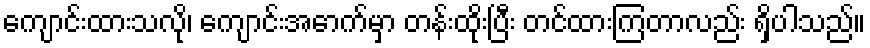
ကျောင်းထားသလို၊ ကျောင်းအောက်မှာ တန်းထိုးပြီး တင်ထားကြတာလည်း ရှိပါသည်။